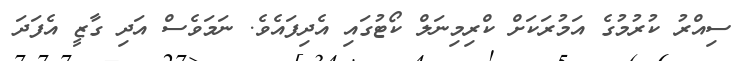
ސިއްރު ކުރުމުގެ އަމުރަކަށް ކްރިމިނަލް ކޯޓުގައި އެދިފައެވެ. ނަމަވެސް އަދި ގާޒީ އެފަދަ